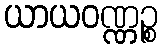
ယာယဝဏ္ဏဉ္စ